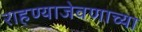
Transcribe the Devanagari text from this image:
राहण्याजेवणाच्या